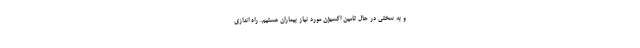
و به سختی در حال تامین اکسیژن مورد نیاز بیماران هستیم. راه اندازی